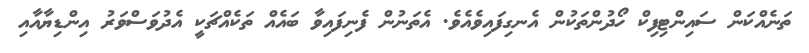
ތަނެއްކަން ސައިންޓިފިކް ހޯދުންތަކުން އެނގިފައިވެއެވެ. އެތަނުން ފެނިފައިވާ ބައެއް ތަކެއްޗަކީ އެދުވަސްވަރު އިންޑިޔާއާއި